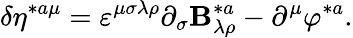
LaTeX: \delta\eta^{*a\mu}=\varepsilon^{\mu\sigma\lambda\rho}\partial_{\sigma}\mathbf{B}_{\lambda\rho}^{*a}-\partial^{\mu}\varphi^{*a}.